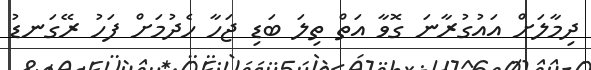
ދިމާލަށް އައުގުރާނަ ގޮވާ އަތް ތިލަ ބަޑި ޖަހާ ހެދުމަށް ފަހު ރޭގަނޑު